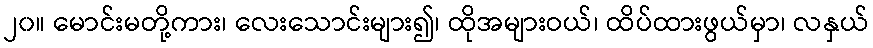
၂၀။ မောင်းမတို့ကား၊ လေးသောင်းများ၍၊ ထိုအများဝယ်၊ ထိပ်ထားဖွယ်မှာ၊ လနှယ်